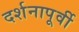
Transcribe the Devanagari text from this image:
दर्शनापूर्वी